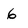
Character: 6